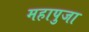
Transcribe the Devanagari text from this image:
महापुजा